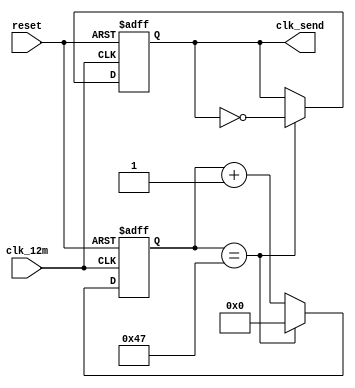
// edib_mode2_clkgen.v
module edib_mode2_clkgen(reset,clk_12m,clk_send);
    input reset,clk_12m;
    output clk_send;

    reg clk_send;
    reg [6:0] counter1;

    always @(posedge clk_12m or negedge reset)
    begin
        if(!reset)
        begin
            clk_send<=0;
            counter1<=0;
        end
        else
        begin
            if(counter1==71)
            begin
                counter1<=0;
                clk_send<=~clk_send;
            end
            else
                counter1<=counter1+1;
            
        end

    end


endmodule